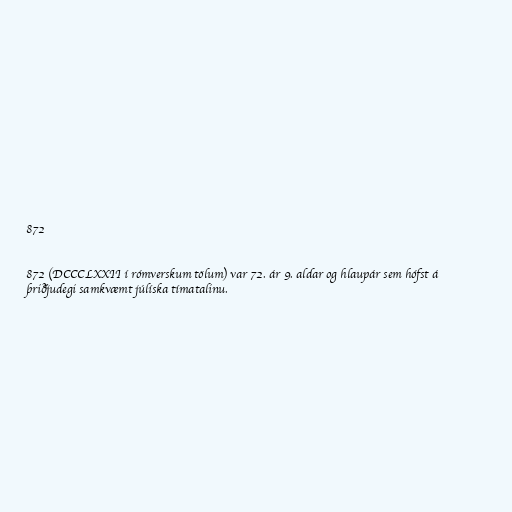
872

872 (DCCCLXXII í rómverskum tölum) var 72. ár 9. aldar og hlaupár sem hófst á
þriðjudegi samkvæmt júlíska tímatalinu.